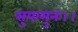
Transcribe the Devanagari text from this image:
सुयामुनः।।